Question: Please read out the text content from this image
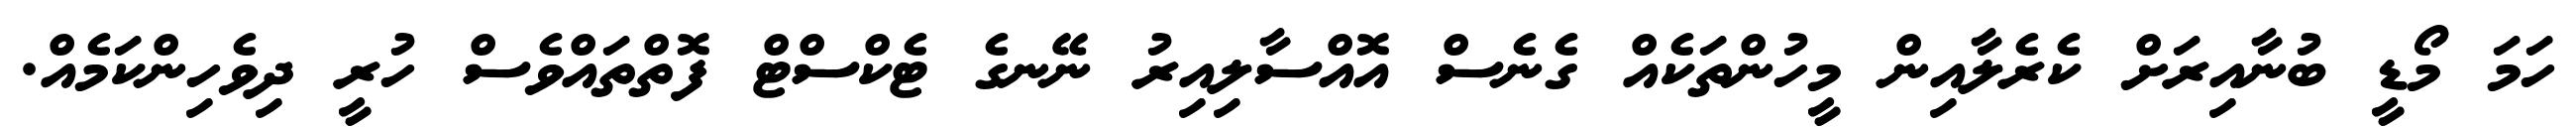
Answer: ހަމަ މޯޑީ ބުނާއިރަށް ކެރެލާއިން މީހުންތަކެއް ގެނެސް އޮއްސާލިއިރު ނޭނގެ ޓެކްސްޓް ފޮތްތައްވެސް ހުރީ ދިވެހިންކަމެއް.